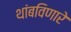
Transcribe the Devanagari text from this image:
थांबविणारे